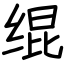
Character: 绲